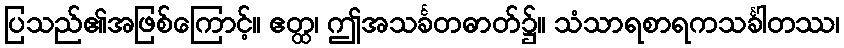
ပြသည်၏အဖြစ်ကြောင့်။ ဧတ္ထ၊ ဤအသင်္ခတဓာတ်၌။ သံသာရစာရကသင်္ခါတဿ၊